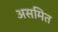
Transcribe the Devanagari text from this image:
असमित